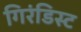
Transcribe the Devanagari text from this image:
गिरंडिस्ट